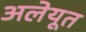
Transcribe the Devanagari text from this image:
अलेयूत